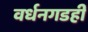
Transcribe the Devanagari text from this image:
वर्धनगडही